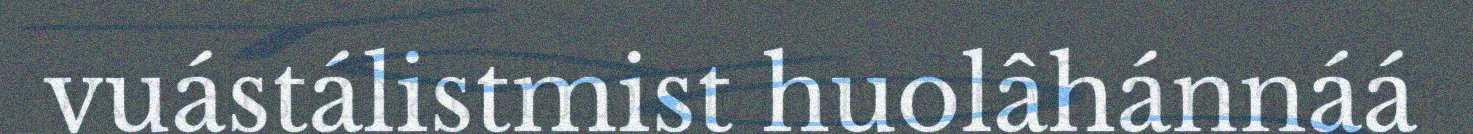
vuástálistmist huolâhánnáá